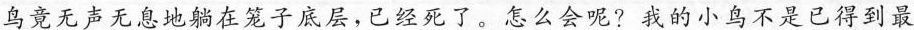
鸟竟无声无息地躺在笼子底层，已经死了。怎么会呢?我的小鸟不是已得到最